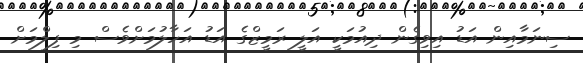
ސިނަމާއިން އަޑު އިވިގެން ދިއުމަކީ އަލީ ރަމީޒްގެ އަޑު އަހާލުމަށްވެސް މި ފިލްމަށް